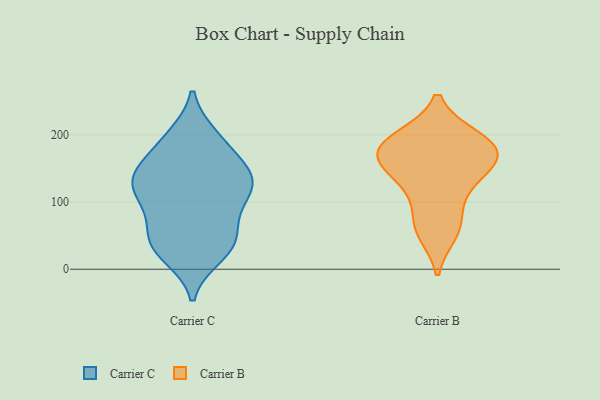
{"axis": {"x": "Market Share (%)", "y": "Value"}, "legend": ["Carrier B", "Carrier C"], "data": [{"x": "", "y": 149, "type": "Carrier C"}, {"x": "", "y": 25, "type": "Carrier C"}, {"x": "", "y": 101, "type": "Carrier C"}, {"x": "", "y": 61, "type": "Carrier C"}, {"x": "", "y": 188, "type": "Carrier C"}, {"x": "", "y": 70, "type": "Carrier C"}, {"x": "", "y": 35, "type": "Carrier C"}, {"x": "", "y": 137, "type": "Carrier C"}, {"x": "", "y": 119, "type": "Carrier C"}, {"x": "", "y": 40, "type": "Carrier C"}, {"x": "", "y": 146, "type": "Carrier C"}, {"x": "", "y": 111, "type": "Carrier C"}, {"x": "", "y": 128, "type": "Carrier C"}, {"x": "", "y": 20, "type": "Carrier C"}, {"x": "", "y": 153, "type": "Carrier C"}, {"x": "", "y": 195, "type": "Carrier C"}, {"x": "", "y": 43, "type": "Carrier C"}, {"x": "", "y": 198, "type": "Carrier C"}, {"x": "", "y": 135, "type": "Carrier C"}, {"x": "", "y": 104, "type": "Carrier C"}, {"x": "", "y": 138, "type": "Carrier B"}, {"x": "", "y": 197, "type": "Carrier B"}, {"x": "", "y": 172, "type": "Carrier B"}, {"x": "", "y": 69, "type": "Carrier B"}, {"x": "", "y": 54, "type": "Carrier B"}, {"x": "", "y": 169, "type": "Carrier B"}, {"x": "", "y": 156, "type": "Carrier B"}, {"x": "", "y": 176, "type": "Carrier B"}, {"x": "", "y": 113, "type": "Carrier B"}, {"x": "", "y": 197, "type": "Carrier B"}]}